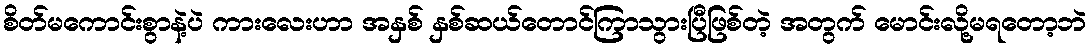
စိတ်မကောင်းစွာနဲ့ပဲ ကားလေးဟာ အနှစ် နှစ်ဆယ်တောင်ကြာသွားပြီဖြစ်တဲ့ အတွက် မောင်းလို့မရတော့ဘဲ